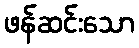
ဖန်ဆင်းသော